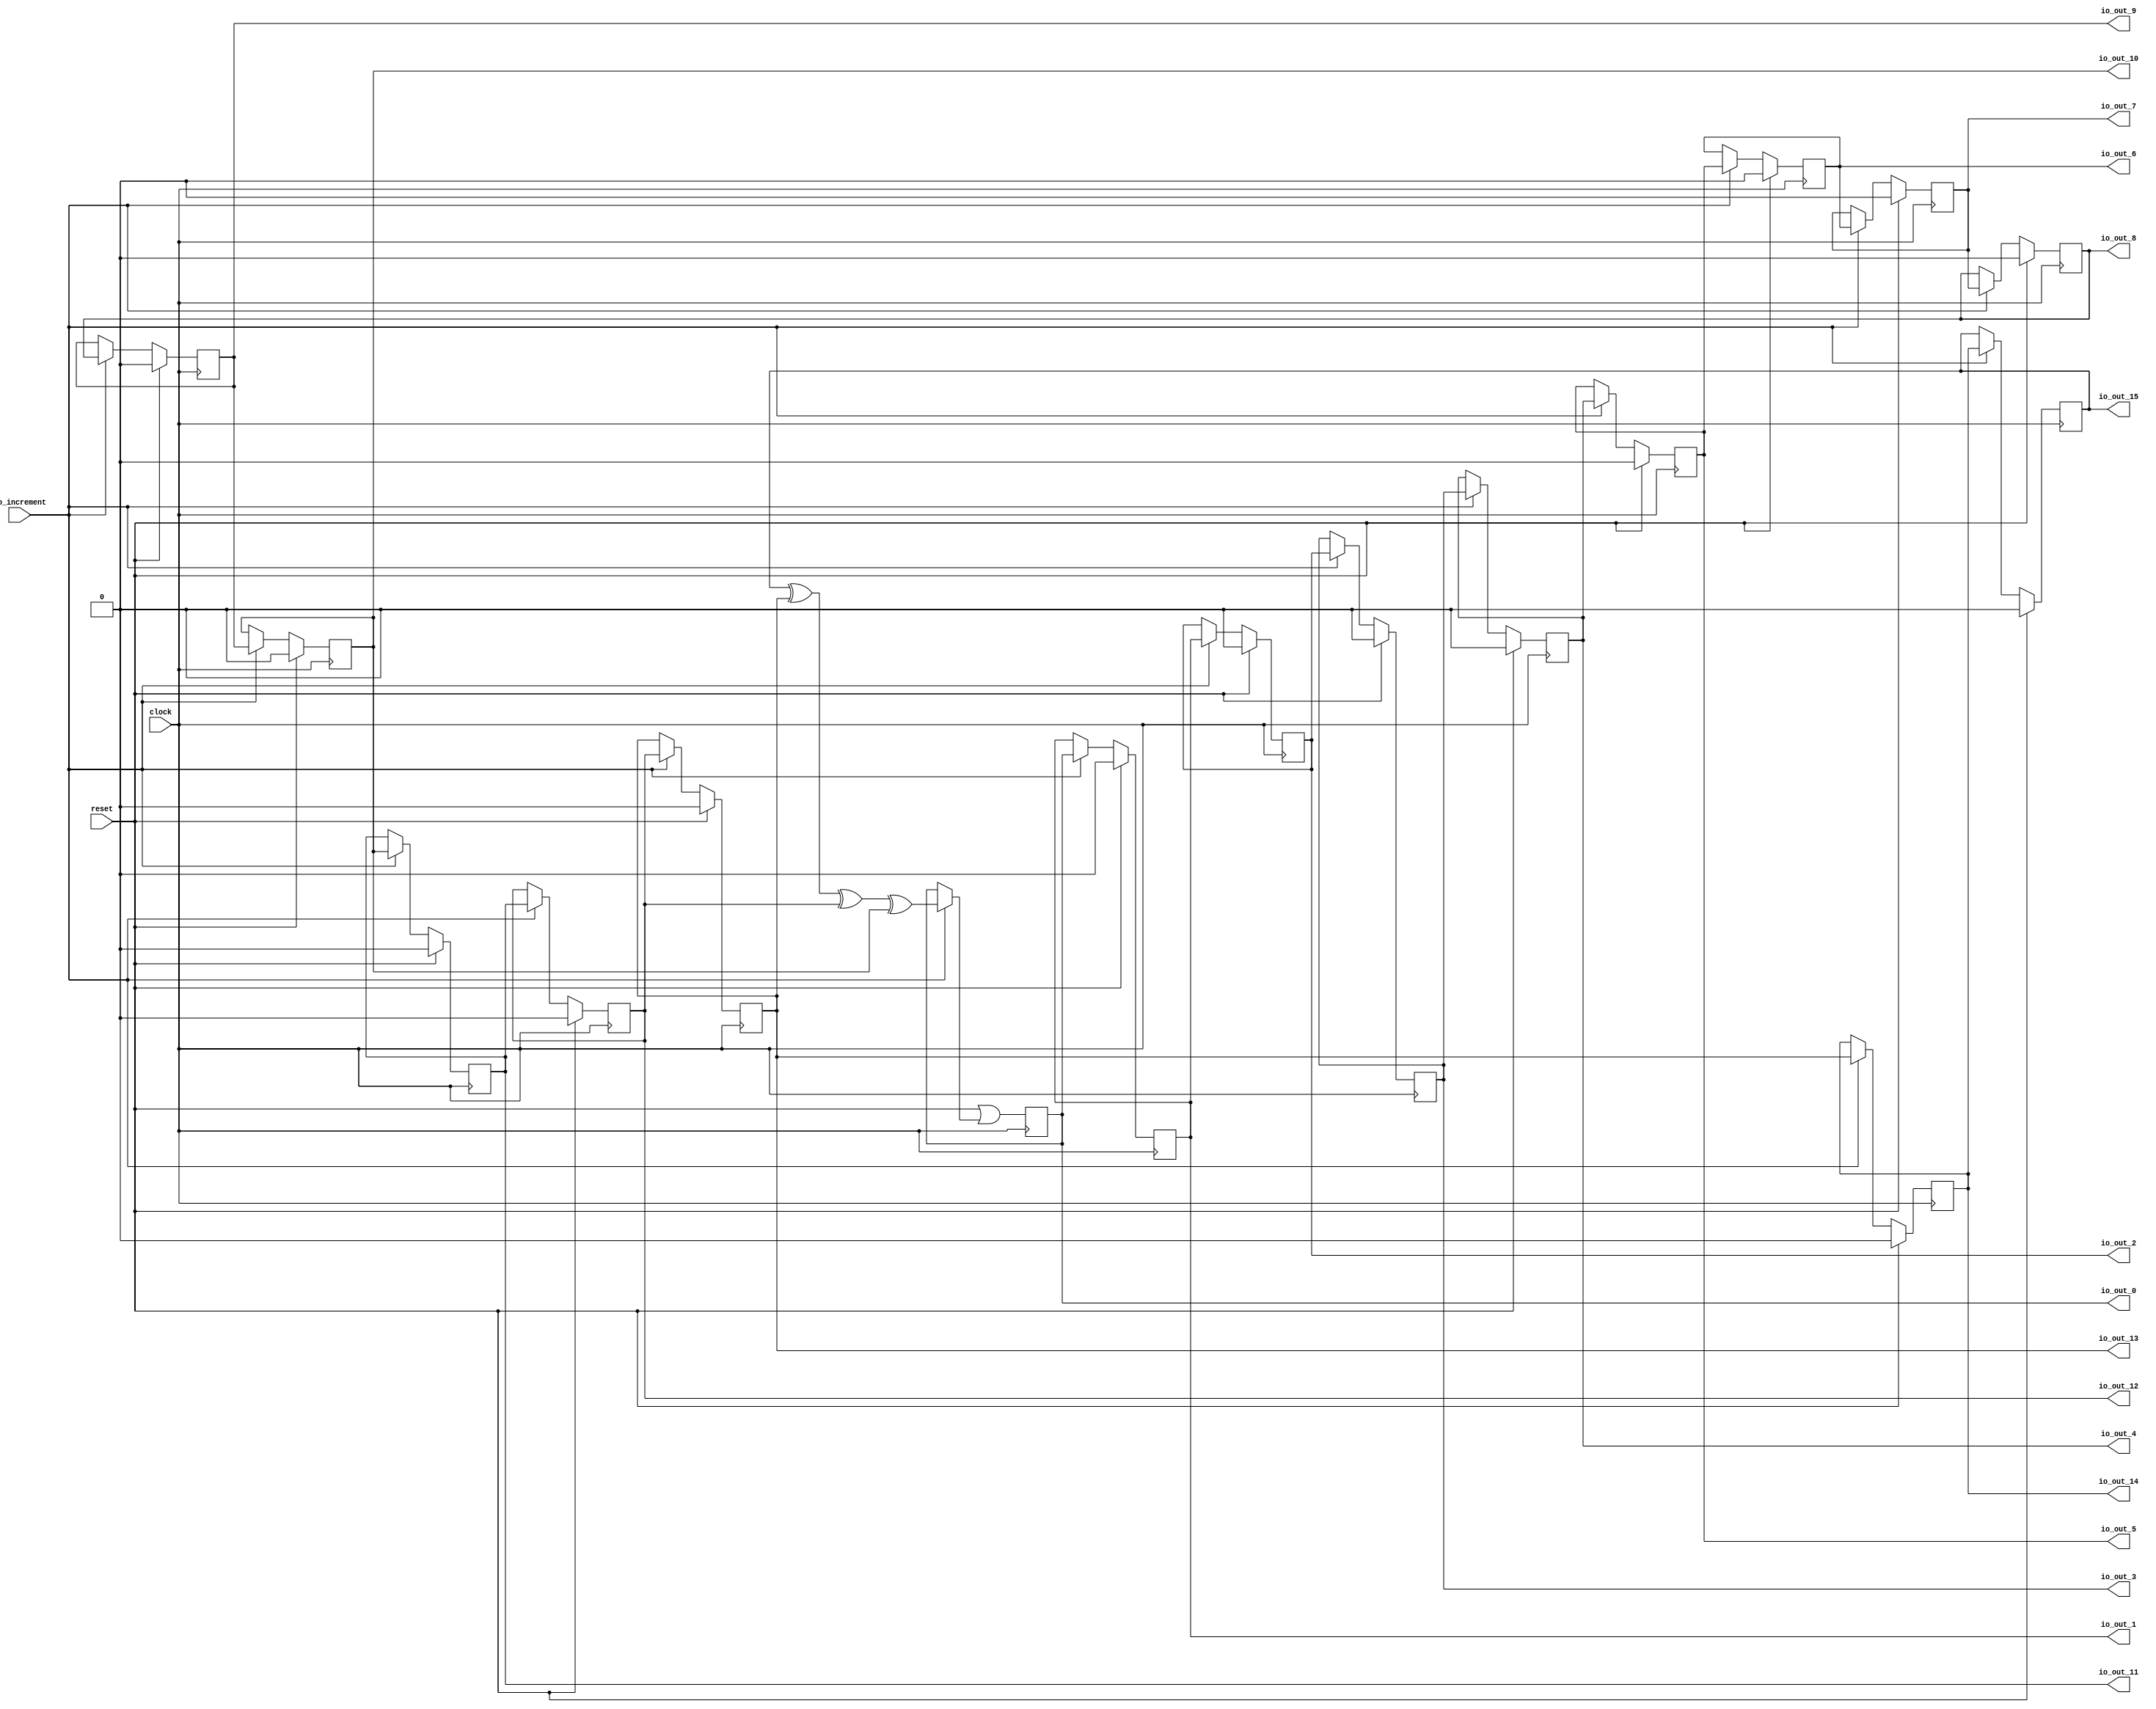
module MaxPeriodFibonacciLFSR( // @[:freechips.rocketchip.system.DefaultRV32Config.fir@191632.2]
  input   clock, // @[:freechips.rocketchip.system.DefaultRV32Config.fir@191633.4]
  input   reset, // @[:freechips.rocketchip.system.DefaultRV32Config.fir@191634.4]
  input   io_increment, // @[:freechips.rocketchip.system.DefaultRV32Config.fir@191635.4]
  output  io_out_0, // @[:freechips.rocketchip.system.DefaultRV32Config.fir@191635.4]
  output  io_out_1, // @[:freechips.rocketchip.system.DefaultRV32Config.fir@191635.4]
  output  io_out_2, // @[:freechips.rocketchip.system.DefaultRV32Config.fir@191635.4]
  output  io_out_3, // @[:freechips.rocketchip.system.DefaultRV32Config.fir@191635.4]
  output  io_out_4, // @[:freechips.rocketchip.system.DefaultRV32Config.fir@191635.4]
  output  io_out_5, // @[:freechips.rocketchip.system.DefaultRV32Config.fir@191635.4]
  output  io_out_6, // @[:freechips.rocketchip.system.DefaultRV32Config.fir@191635.4]
  output  io_out_7, // @[:freechips.rocketchip.system.DefaultRV32Config.fir@191635.4]
  output  io_out_8, // @[:freechips.rocketchip.system.DefaultRV32Config.fir@191635.4]
  output  io_out_9, // @[:freechips.rocketchip.system.DefaultRV32Config.fir@191635.4]
  output  io_out_10, // @[:freechips.rocketchip.system.DefaultRV32Config.fir@191635.4]
  output  io_out_11, // @[:freechips.rocketchip.system.DefaultRV32Config.fir@191635.4]
  output  io_out_12, // @[:freechips.rocketchip.system.DefaultRV32Config.fir@191635.4]
  output  io_out_13, // @[:freechips.rocketchip.system.DefaultRV32Config.fir@191635.4]
  output  io_out_14, // @[:freechips.rocketchip.system.DefaultRV32Config.fir@191635.4]
  output  io_out_15 // @[:freechips.rocketchip.system.DefaultRV32Config.fir@191635.4]
);
`ifdef RANDOMIZE_REG_INIT
  reg [31:0] _RAND_0;
  reg [31:0] _RAND_1;
  reg [31:0] _RAND_2;
  reg [31:0] _RAND_3;
  reg [31:0] _RAND_4;
  reg [31:0] _RAND_5;
  reg [31:0] _RAND_6;
  reg [31:0] _RAND_7;
  reg [31:0] _RAND_8;
  reg [31:0] _RAND_9;
  reg [31:0] _RAND_10;
  reg [31:0] _RAND_11;
  reg [31:0] _RAND_12;
  reg [31:0] _RAND_13;
  reg [31:0] _RAND_14;
  reg [31:0] _RAND_15;
`endif // RANDOMIZE_REG_INIT
  reg  state_0; // @[PRNG.scala 47:50:freechips.rocketchip.system.DefaultRV32Config.fir@191654.4]
  reg  state_1; // @[PRNG.scala 47:50:freechips.rocketchip.system.DefaultRV32Config.fir@191654.4]
  reg  state_2; // @[PRNG.scala 47:50:freechips.rocketchip.system.DefaultRV32Config.fir@191654.4]
  reg  state_3; // @[PRNG.scala 47:50:freechips.rocketchip.system.DefaultRV32Config.fir@191654.4]
  reg  state_4; // @[PRNG.scala 47:50:freechips.rocketchip.system.DefaultRV32Config.fir@191654.4]
  reg  state_5; // @[PRNG.scala 47:50:freechips.rocketchip.system.DefaultRV32Config.fir@191654.4]
  reg  state_6; // @[PRNG.scala 47:50:freechips.rocketchip.system.DefaultRV32Config.fir@191654.4]
  reg  state_7; // @[PRNG.scala 47:50:freechips.rocketchip.system.DefaultRV32Config.fir@191654.4]
  reg  state_8; // @[PRNG.scala 47:50:freechips.rocketchip.system.DefaultRV32Config.fir@191654.4]
  reg  state_9; // @[PRNG.scala 47:50:freechips.rocketchip.system.DefaultRV32Config.fir@191654.4]
  reg  state_10; // @[PRNG.scala 47:50:freechips.rocketchip.system.DefaultRV32Config.fir@191654.4]
  reg  state_11; // @[PRNG.scala 47:50:freechips.rocketchip.system.DefaultRV32Config.fir@191654.4]
  reg  state_12; // @[PRNG.scala 47:50:freechips.rocketchip.system.DefaultRV32Config.fir@191654.4]
  reg  state_13; // @[PRNG.scala 47:50:freechips.rocketchip.system.DefaultRV32Config.fir@191654.4]
  reg  state_14; // @[PRNG.scala 47:50:freechips.rocketchip.system.DefaultRV32Config.fir@191654.4]
  reg  state_15; // @[PRNG.scala 47:50:freechips.rocketchip.system.DefaultRV32Config.fir@191654.4]
  wire  _T_1; // @[LFSR.scala 15:41:freechips.rocketchip.system.DefaultRV32Config.fir@191656.6]
  wire  _T_2; // @[LFSR.scala 15:41:freechips.rocketchip.system.DefaultRV32Config.fir@191657.6]
  wire  _T_3; // @[LFSR.scala 15:41:freechips.rocketchip.system.DefaultRV32Config.fir@191658.6]
  wire  _GEN_0; // @[PRNG.scala 61:23:freechips.rocketchip.system.DefaultRV32Config.fir@191655.4]
  assign _T_1 = state_15 ^ state_13; // @[LFSR.scala 15:41:freechips.rocketchip.system.DefaultRV32Config.fir@191656.6]
  assign _T_2 = _T_1 ^ state_12; // @[LFSR.scala 15:41:freechips.rocketchip.system.DefaultRV32Config.fir@191657.6]
  assign _T_3 = _T_2 ^ state_10; // @[LFSR.scala 15:41:freechips.rocketchip.system.DefaultRV32Config.fir@191658.6]
  assign _GEN_0 = io_increment ? _T_3 : state_0; // @[PRNG.scala 61:23:freechips.rocketchip.system.DefaultRV32Config.fir@191655.4]
  assign io_out_0 = state_0; // @[PRNG.scala 69:10:freechips.rocketchip.system.DefaultRV32Config.fir@191694.4]
  assign io_out_1 = state_1; // @[PRNG.scala 69:10:freechips.rocketchip.system.DefaultRV32Config.fir@191695.4]
  assign io_out_2 = state_2; // @[PRNG.scala 69:10:freechips.rocketchip.system.DefaultRV32Config.fir@191696.4]
  assign io_out_3 = state_3; // @[PRNG.scala 69:10:freechips.rocketchip.system.DefaultRV32Config.fir@191697.4]
  assign io_out_4 = state_4; // @[PRNG.scala 69:10:freechips.rocketchip.system.DefaultRV32Config.fir@191698.4]
  assign io_out_5 = state_5; // @[PRNG.scala 69:10:freechips.rocketchip.system.DefaultRV32Config.fir@191699.4]
  assign io_out_6 = state_6; // @[PRNG.scala 69:10:freechips.rocketchip.system.DefaultRV32Config.fir@191700.4]
  assign io_out_7 = state_7; // @[PRNG.scala 69:10:freechips.rocketchip.system.DefaultRV32Config.fir@191701.4]
  assign io_out_8 = state_8; // @[PRNG.scala 69:10:freechips.rocketchip.system.DefaultRV32Config.fir@191702.4]
  assign io_out_9 = state_9; // @[PRNG.scala 69:10:freechips.rocketchip.system.DefaultRV32Config.fir@191703.4]
  assign io_out_10 = state_10; // @[PRNG.scala 69:10:freechips.rocketchip.system.DefaultRV32Config.fir@191704.4]
  assign io_out_11 = state_11; // @[PRNG.scala 69:10:freechips.rocketchip.system.DefaultRV32Config.fir@191705.4]
  assign io_out_12 = state_12; // @[PRNG.scala 69:10:freechips.rocketchip.system.DefaultRV32Config.fir@191706.4]
  assign io_out_13 = state_13; // @[PRNG.scala 69:10:freechips.rocketchip.system.DefaultRV32Config.fir@191707.4]
  assign io_out_14 = state_14; // @[PRNG.scala 69:10:freechips.rocketchip.system.DefaultRV32Config.fir@191708.4]
  assign io_out_15 = state_15; // @[PRNG.scala 69:10:freechips.rocketchip.system.DefaultRV32Config.fir@191709.4]
`ifdef RANDOMIZE_GARBAGE_ASSIGN
`define RANDOMIZE
`endif
`ifdef RANDOMIZE_INVALID_ASSIGN
`define RANDOMIZE
`endif
`ifdef RANDOMIZE_REG_INIT
`define RANDOMIZE
`endif
`ifdef RANDOMIZE_MEM_INIT
`define RANDOMIZE
`endif
`ifndef RANDOM
`define RANDOM $random
`endif
`ifdef RANDOMIZE_MEM_INIT
  integer initvar;
`endif
`ifndef SYNTHESIS
`ifdef FIRRTL_BEFORE_INITIAL
`FIRRTL_BEFORE_INITIAL
`endif
initial begin
  `ifdef RANDOMIZE
    `ifdef INIT_RANDOM
      `INIT_RANDOM
    `endif
    `ifndef VERILATOR
      `ifdef RANDOMIZE_DELAY
        #`RANDOMIZE_DELAY begin end
      `else
        #0.002 begin end
      `endif
    `endif
`ifdef RANDOMIZE_REG_INIT
  _RAND_0 = {1{`RANDOM}};
  state_0 = _RAND_0[0:0];
  _RAND_1 = {1{`RANDOM}};
  state_1 = _RAND_1[0:0];
  _RAND_2 = {1{`RANDOM}};
  state_2 = _RAND_2[0:0];
  _RAND_3 = {1{`RANDOM}};
  state_3 = _RAND_3[0:0];
  _RAND_4 = {1{`RANDOM}};
  state_4 = _RAND_4[0:0];
  _RAND_5 = {1{`RANDOM}};
  state_5 = _RAND_5[0:0];
  _RAND_6 = {1{`RANDOM}};
  state_6 = _RAND_6[0:0];
  _RAND_7 = {1{`RANDOM}};
  state_7 = _RAND_7[0:0];
  _RAND_8 = {1{`RANDOM}};
  state_8 = _RAND_8[0:0];
  _RAND_9 = {1{`RANDOM}};
  state_9 = _RAND_9[0:0];
  _RAND_10 = {1{`RANDOM}};
  state_10 = _RAND_10[0:0];
  _RAND_11 = {1{`RANDOM}};
  state_11 = _RAND_11[0:0];
  _RAND_12 = {1{`RANDOM}};
  state_12 = _RAND_12[0:0];
  _RAND_13 = {1{`RANDOM}};
  state_13 = _RAND_13[0:0];
  _RAND_14 = {1{`RANDOM}};
  state_14 = _RAND_14[0:0];
  _RAND_15 = {1{`RANDOM}};
  state_15 = _RAND_15[0:0];
`endif // RANDOMIZE_REG_INIT
  `endif // RANDOMIZE
end // initial
`ifdef FIRRTL_AFTER_INITIAL
`FIRRTL_AFTER_INITIAL
`endif
`endif // SYNTHESIS
  always @(posedge clock) begin
    state_0 <= reset | _GEN_0;
    if (reset) begin
      state_1 <= 1'h0;
    end else if (io_increment) begin
      state_1 <= state_0;
    end
    if (reset) begin
      state_2 <= 1'h0;
    end else if (io_increment) begin
      state_2 <= state_1;
    end
    if (reset) begin
      state_3 <= 1'h0;
    end else if (io_increment) begin
      state_3 <= state_2;
    end
    if (reset) begin
      state_4 <= 1'h0;
    end else if (io_increment) begin
      state_4 <= state_3;
    end
    if (reset) begin
      state_5 <= 1'h0;
    end else if (io_increment) begin
      state_5 <= state_4;
    end
    if (reset) begin
      state_6 <= 1'h0;
    end else if (io_increment) begin
      state_6 <= state_5;
    end
    if (reset) begin
      state_7 <= 1'h0;
    end else if (io_increment) begin
      state_7 <= state_6;
    end
    if (reset) begin
      state_8 <= 1'h0;
    end else if (io_increment) begin
      state_8 <= state_7;
    end
    if (reset) begin
      state_9 <= 1'h0;
    end else if (io_increment) begin
      state_9 <= state_8;
    end
    if (reset) begin
      state_10 <= 1'h0;
    end else if (io_increment) begin
      state_10 <= state_9;
    end
    if (reset) begin
      state_11 <= 1'h0;
    end else if (io_increment) begin
      state_11 <= state_10;
    end
    if (reset) begin
      state_12 <= 1'h0;
    end else if (io_increment) begin
      state_12 <= state_11;
    end
    if (reset) begin
      state_13 <= 1'h0;
    end else if (io_increment) begin
      state_13 <= state_12;
    end
    if (reset) begin
      state_14 <= 1'h0;
    end else if (io_increment) begin
      state_14 <= state_13;
    end
    if (reset) begin
      state_15 <= 1'h0;
    end else if (io_increment) begin
      state_15 <= state_14;
    end
  end
endmodule